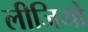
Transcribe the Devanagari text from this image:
लीजियो